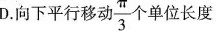
D.向下平行移动 \frac{ \pi }{3} 个单位长度